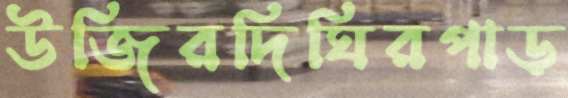
উজিরদিঘিরপাড়